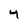
Character: 4